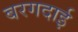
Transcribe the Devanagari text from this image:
बरगदाई